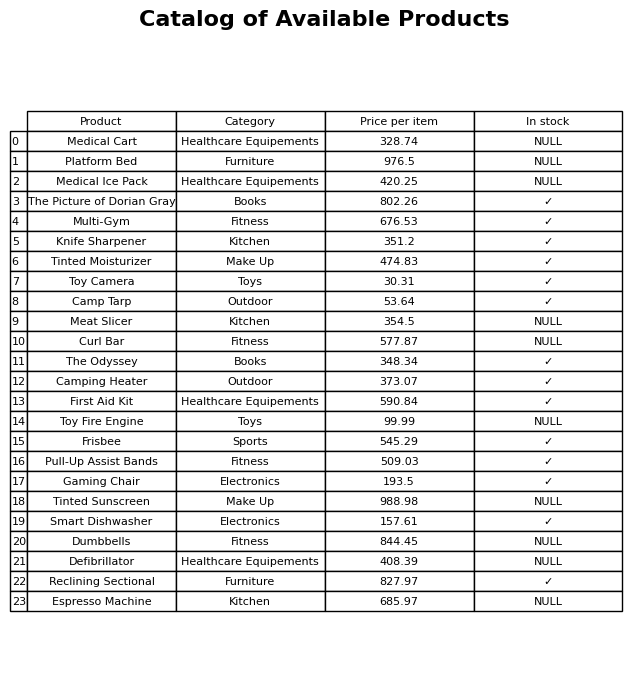
question: What is the price of the The Picture of Dorian Gray?
answer: The price of The Picture of Dorian Gray is 802.26.